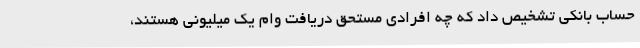
حساب بانکی تشخیص داد که چه افرادی مستحق دریافت وام یک میلیونی هستند،